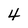
Character: 4